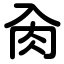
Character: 肏